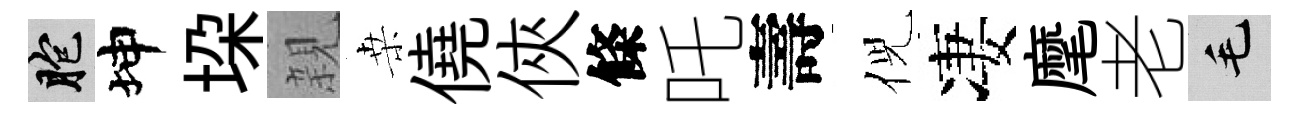
胞坤垜親桒僥俠條吒壽倪凄麾老毛